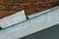
أخترق